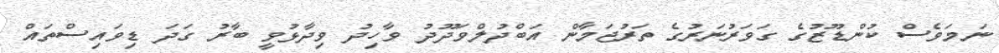
ނަމަވެސް ކުންޑޫޒުގެ ގަވަރުނަރުގެ ތަރުޖަމާން އަބްދުލްވަދޫދު ވާހިދު ވިދާޅުވީ ބާރު ގަދަ ޑިވައިސްތައް